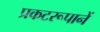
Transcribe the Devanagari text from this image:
प्रकटरूपानें